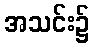
အသင်း၌